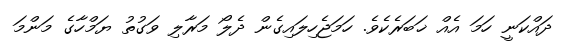
ދައްކަނީ ހަމަ އެއް ޚަބަރެކެވެ. ހަމަޖެހިލައިގެން ދެލޯ މަރާލި ވަގުތު ޔަމްހާގެ މަންމަ